Burma Government Medical School reports 1923-41
Year: 1923
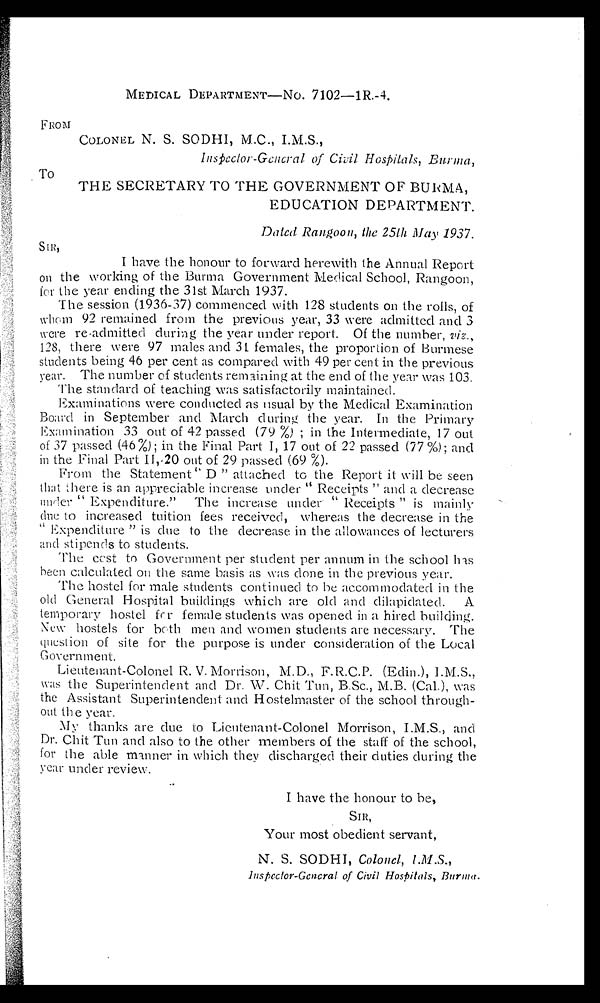
MEDICAL DEPARTMENT—NO. 7102—1R.-4.
FROM
COLONEL N. S. SODHI, M.C., I.M.S.,
I n s p e c t o r G e n e r a l o f C i v i l H o s p i t a l s , B u r m a ,
TO
THE SECRETARY TO THE GOVERNMENT OF BURMA,
EDUCATION DEPARTMENT.
Dated Rangoon, the 25th May 1937.
SIR,
I have the honour to forward herewith the Annual Report
on the working of the Burma Government Medical School, Rangoon,
for the year ending the 31st March 1937.
The session (1936-37) commenced with 128 students on the rolls, of
whom 92 remained from the previous year, 33 were admitted and 3
were re-admitted during the year under report. Of the number, v i z
. ,
128, there were 97 males and 31 females, the proportion of Burmese
students being 46 per cent as compared with 49 per cent in the previous
year. The number of students remaining at the end of the year was 103.
The standard of teaching was satisfactorily maintained.
Examinations were conducted as usual by the Medical Examination
Board in September and March during the year. In the Primary
Examination 33 out of 42 passed (79 %); in the Intermediate, 17 out
of 37 passed (46%); in the Final Part 1, 17 out of 22 passed (77 %); and
in the Final Part 11,.20 out of 29 passed (69 %).
From the Statement "D" attached to the Report it will be seen
that there is an appreciable increase under "Receipts" and a decrease
under "Expenditure". The increase under "Receipts" is mainly
due to increased tuition fees received, whereas the decrease in the
"Expenditure" is due to the decrease in the allowances of lecturers
and stipends to students.
The cost to Government per student per annum in the school has
been calculated on the same basis as was done in the previous year.
The hostel for male students continued to be accommodated in the
old General Hospital buildings which are old and dilapidated. A
temporary hostel for female students was opened in a hired building.
New hostels for both men and women students are necessary. The
question of site for the purpose is under consideration of the Local
Government.
Lieutenant-Colonel R. V. Morrison, M.D., F. R.C.P. (Edin.), I.M.S.,
was the Superintendent and Dr. W. Chit Tun, B.Sc., M.B. (Cal.), was
the Assistant Superintendent and Hostelmaster of the school through--
out the year.
My thanks are due to Lieutenant-Colonel Morrison, I.M.S., and
Dr. Chit Tun and also to the other members of the staff of the school,
for the able manner in which they discharged their duties during the
year under review.
I have the honour to be,
SIR,
Your most obedient servant,
N. S. SODHI, Colonel, I.M.S.,